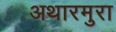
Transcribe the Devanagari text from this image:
अथारमुरा